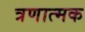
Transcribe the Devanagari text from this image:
त्रणात्मक